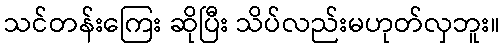
သင်တန်းကြေး ဆိုပြီး သိပ်လည်းမဟုတ်လှဘူး။